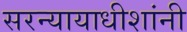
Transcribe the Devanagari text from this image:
सरन्यायाधीशांनी